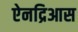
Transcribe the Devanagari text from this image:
ऐनद्रिआस